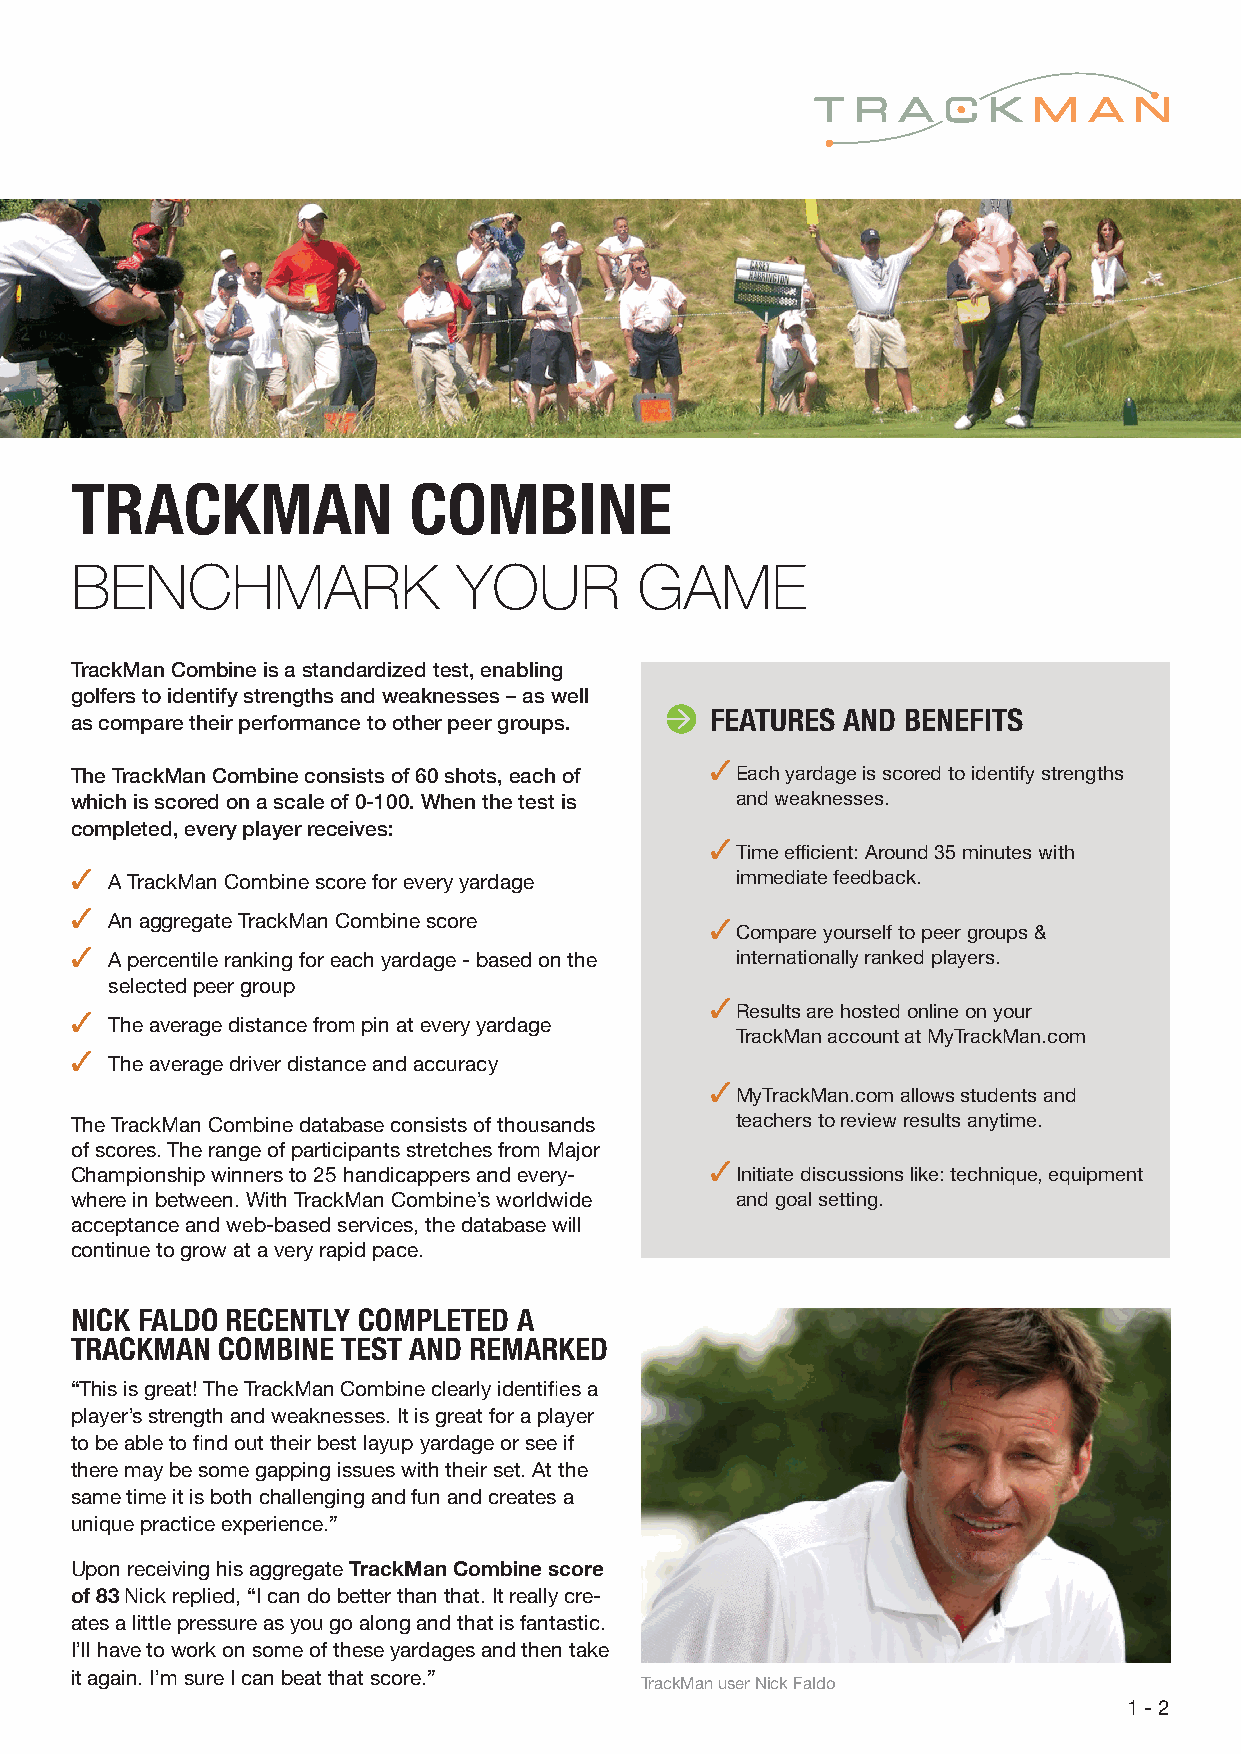
TRACKMAN              COMBINE
 BENCHMARK                YOUR        GAME
 TrackMan Combine is a standardized test, enabling
 golfers to identify strengths and weaknesses – as well
 FEATURES AND BENEFITS
 as compare their performance to other peer groups.
 ✓
 The TrackMan Combine consists of 60 shots, each of Each yardage is scored to identify strengths
 which is scored on a scale of 0-100. When the test is and weaknesses.
 completed, every player receives:
 ✓
 Time efficient: Around 35 minutes with
 ✓ A TrackMan Combine score for every yardage immediate feedback.
 ✓
 An aggregate TrackMan Combine score     ✓
 Compare yourself to peer groups &
 ✓ A percentile ranking for each yardage - based on the internationally ranked players.
 selected peer group
 ✓
 ✓                                           Results are hosted online on your
 The average distance from pin at every yardage
 TrackMan account at MyTrackMan.com
 ✓
 The average driver distance and accuracy
 ✓
 MyTrackMan.com allows students and
 The TrackMan Combine database consists of thousands teachers to review results anytime.
 of scores. The range of participants stretches from Major
 ✓
 Championship winners to 25 handicappers and every- Initiate discussions like: technique, equipment
 where in between. With TrackMan Combine’s worldwide and goal setting.
 acceptance and web-based services, the database will
 continue to grow at a very rapid pace.
 NICK FALDO RECENTLY COMPLETED A
 TRACKMAN COMBINE  TEST AND REMARKED
 “This is great! The TrackMan Combine clearly identifies a
 player’s strength and weaknesses. It is great for a player
 to be able to find out their best layup yardage or see if
 there may be some gapping issues with their set. At the
 same time it is both challenging and fun and creates a
 unique practice experience.”
 Upon receiving his aggregate TrackMan Combine score
 of 83 Nick replied, “I can do better than that. It really cre-
 ates a little pressure as you go along and that is fantastic.
 I’ll have to work on some of these yardages and then take
 it again. I’m sure I can beat that score.”
 TrackMan user Nick Faldo
 1 - 2